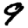
Digit: 9